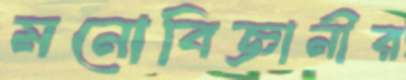
মনোবিজ্ঞানীর